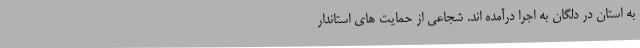
به استان در دلگان به اجرا درآمده اند. شجاعی از حمایت های استاندار